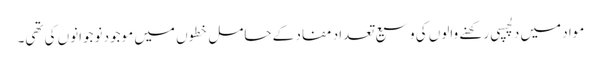
مواد میں دلچسپی رکھنے والوں کی وسیع تعداد مفاد کے حامل خطوں میں موجود نوجوانوں کی تھی۔